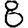
Digit: 8